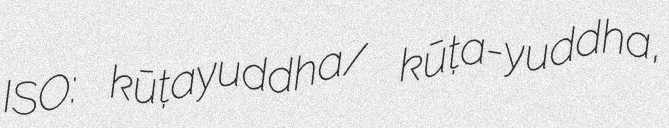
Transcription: ISO: kūṭayuddha/ kūṭa-yuddha,